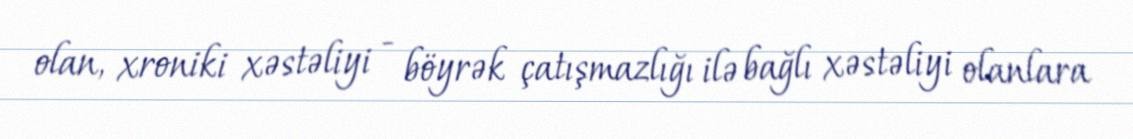
olan, xroniki xəstəliyi - böyrək çatışmazlığı ilə bağlı xəstəliyi olanlara